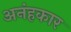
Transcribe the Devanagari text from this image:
अनंहकार